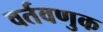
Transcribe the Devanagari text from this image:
वर्तवणुक